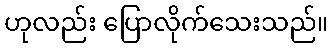
ဟုလည်း ပြောလိုက်သေးသည်။